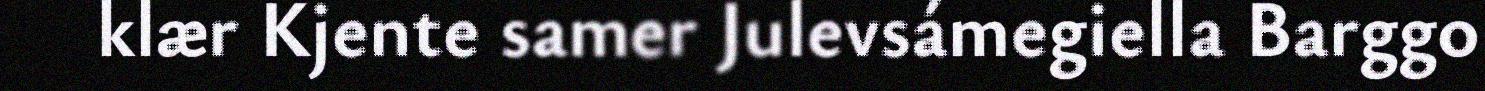
klær Kjente samer Julevsámegiella Barggo